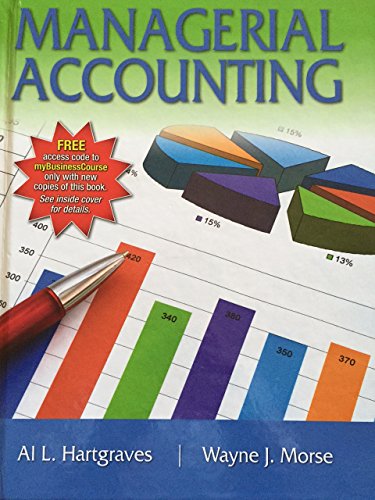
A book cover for Managerial Accounting; Al L., Morse, Wayne J. Hartgraves; Business & Money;